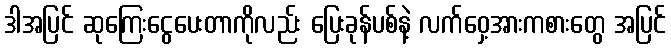
ဒါအပြင် ဆုကြေးငွေပေးတာကိုလည်း ပြေးခုန်ပစ်နဲ့ လက်ဝှေ့အားကစားတွေ အပြင်